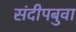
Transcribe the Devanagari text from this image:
संदीपबुवा